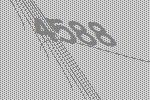
4588